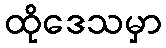
ထိုဒေသမှာ